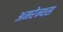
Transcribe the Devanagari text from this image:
अमरेन्थस